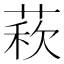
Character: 𦳫